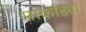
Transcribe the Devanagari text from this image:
मार्कांड्या